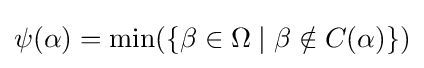
\psi (\alpha )=\min(\{\beta \in \Omega \mid \beta \notin C(\alpha )\})